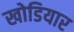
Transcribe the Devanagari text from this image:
खोडियार